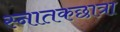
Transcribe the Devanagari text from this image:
स्नातकछात्रा